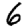
Digit: 6